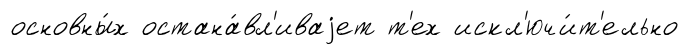
основны́х остана́вл'иваjет т'ех искл'ючи́т'ельно